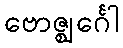
ဗောဇ္ဈင်္ဂေါ